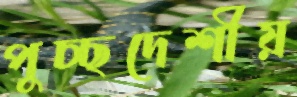
পুচ্ছদেশীয়